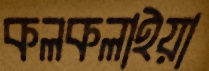
কলকলাইয়া